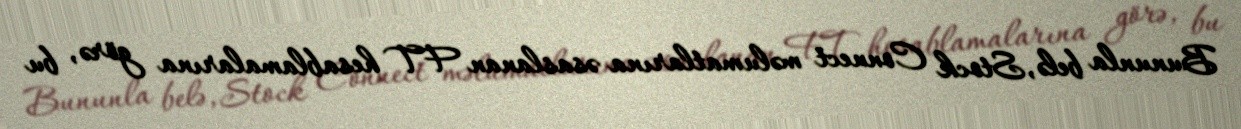
Bununla belə, Stock Connect məlumatlarına əsaslanan FT hesablamalarına görə, bu